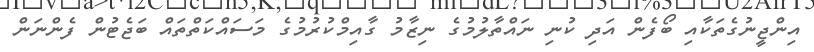
އިންޖީނުގެތަކާއި ބޯފެން އަދި ކުނި ނައްތާލުމުގެ ނިޒާމު ގާއިމްކުރުމުގެ މަސައްކަތްތައް ބަޖެޓުން ފެންނަން